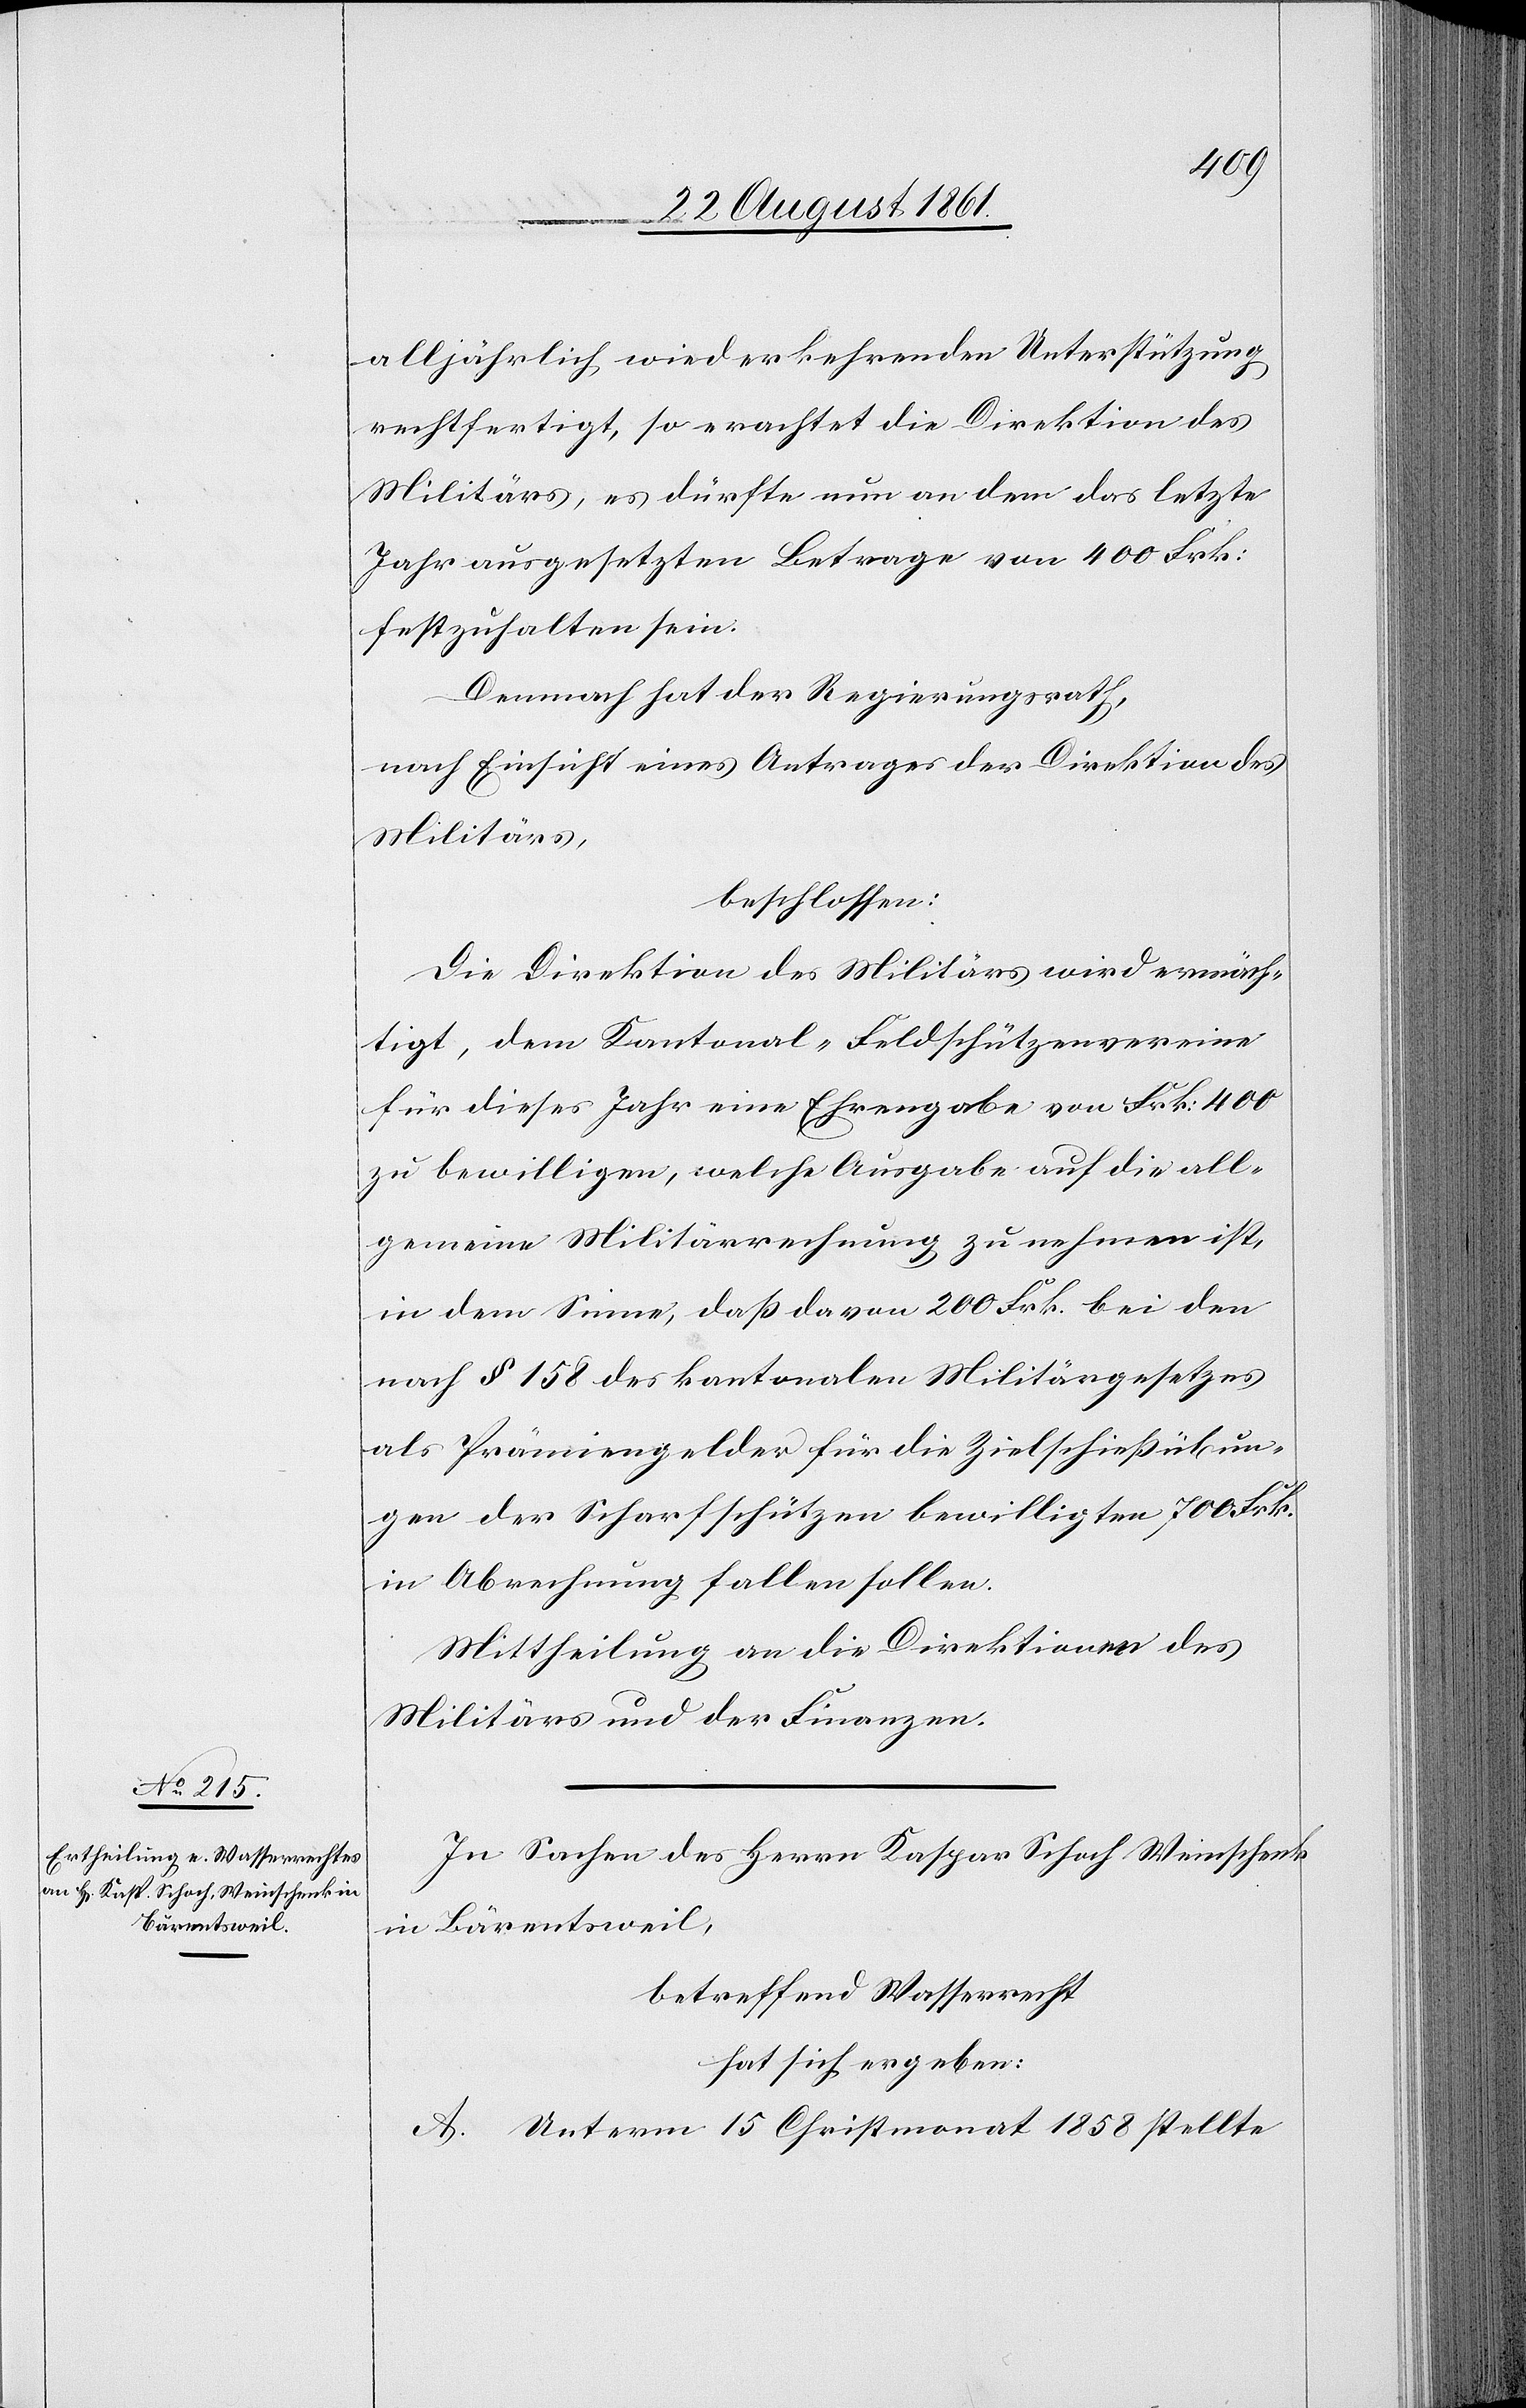
alljährlich wiederkehrenden Unterstützung
rechtfertigt, so erachtet die Direktion des
Militärs, es dürfte nun an dem das letzte
Jahr ausgesetzten Betrage von 400 Frk.
festzuhalten sein.
Demnach hat der Regierungsrath,
nach Einsicht eines Antrages der Direktion des
Militärs,
beschlossen:
Die Direktion des Militärs wird ermäch¬
tigt, dem Kantonal-Feldschützenvereine
für dieses Jahr eine Ehrengabe von Frk. 400
zu bewilligen, welche Ausgabe auf die all¬
gemeine Militärrechnung zu nehmen ist,
in dem Sinne, daß davon 200 Frk. bei den
nach § 158 des kantonalen Militärgesetzes
als Prämiengelder für die Zielschießübun¬
gen der Scharfschützen bewilligten 700 Frk.
in Abrechnung fallen sollen.
Mittheilung an die Direktionen des
Militärs und der Finanzen.
In Sachen des Herrn Kaspar Schoch Weinschenk
in Bärentsweil,
betreffend Wasserrecht
hat sich ergeben:
A. Unterm 15 Christmonat 1858 stellte